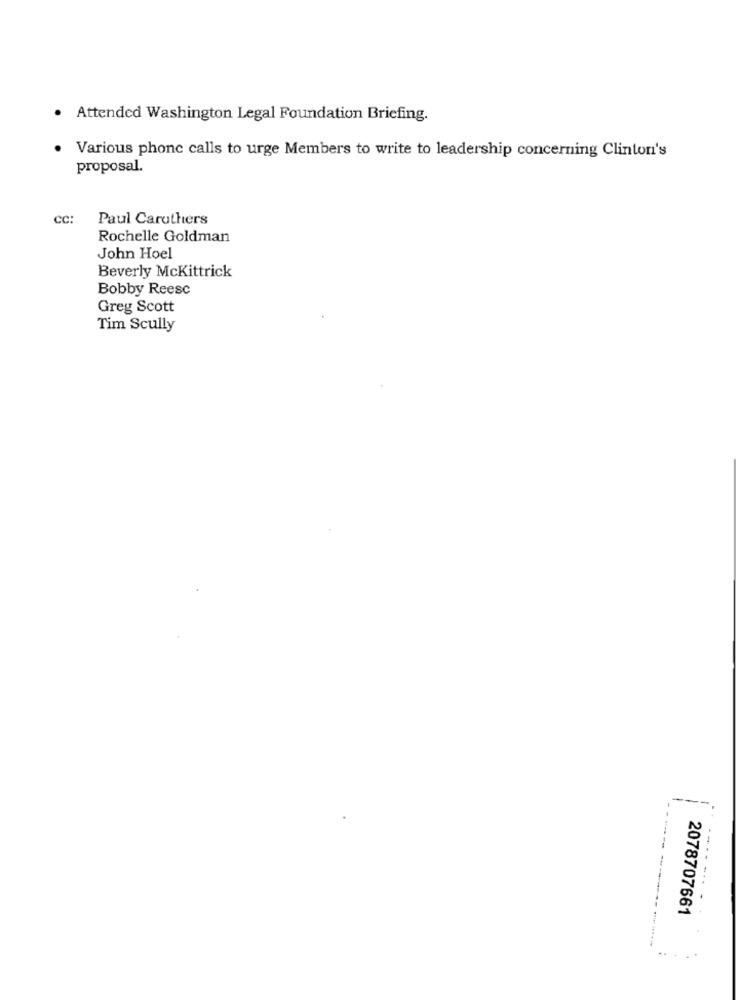
· Attended Washington Legal Foundation Briefing.
Various phone calls to urge Members to write to leadership concerning Clinton's
proposal.
CC:
Paul Carothers
Rochelle Goldman
John Hoel
Beverly McKittrick
Bobby Reesc
Greg Scott
Tim Scully
2078707661